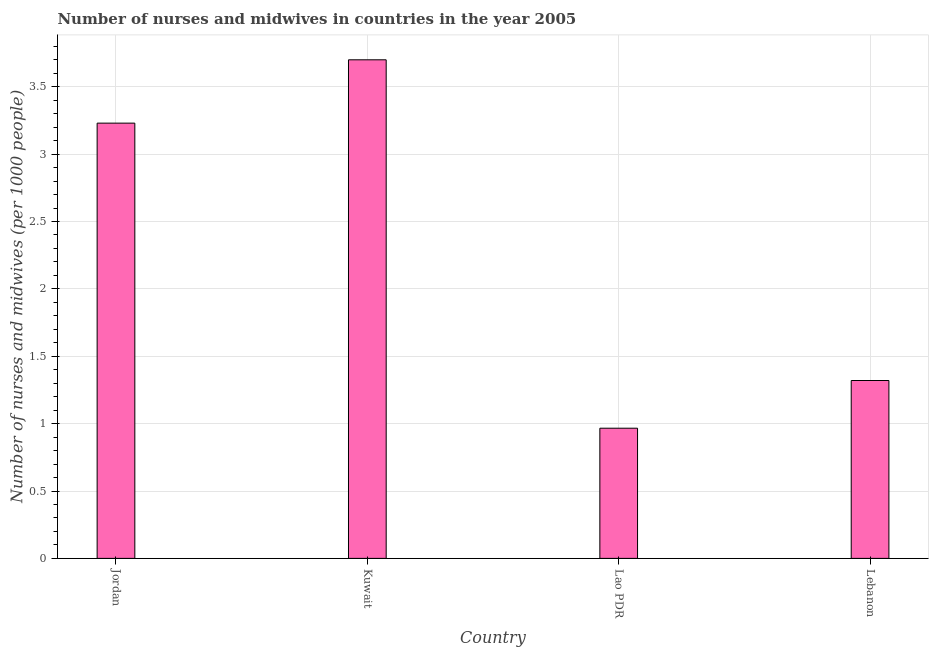
| Country | Nurses and midwives |
 | --- | --- |
 | Jordan | 3.23 |
 | Kuwait | 3.7 |
 | Lao PDR | 0.966 |
 | Lebanon | 1.32 |